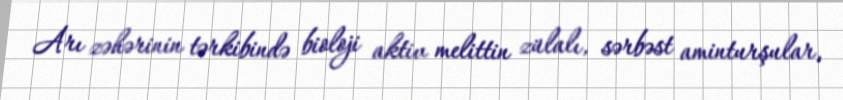
Arı zəhərinin tərkibində bioloji aktiv melittin zülalı, sərbəst aminturşular,